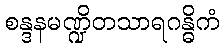
စန္ဒနမဏ္ဍိတသာရဂန္ဓိကံ